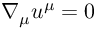
\nabla _ { \mu } u ^ { \mu } = 0